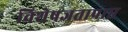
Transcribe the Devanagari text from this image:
विशेषज्ञताप्राप्त